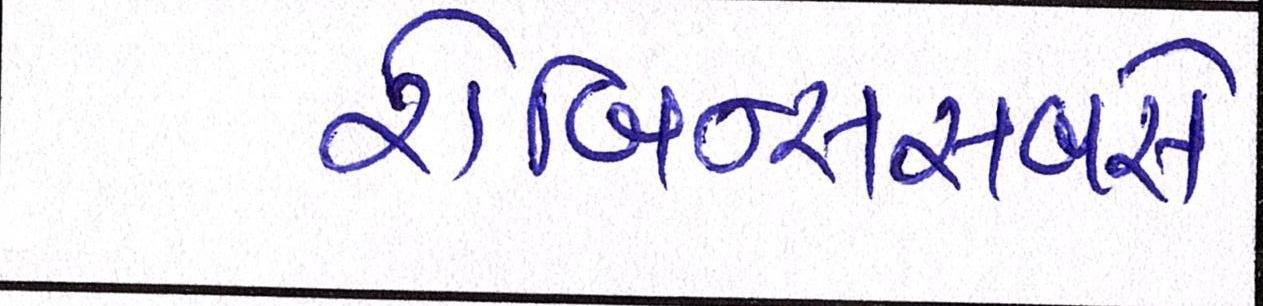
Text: રોબિન્સસબવે